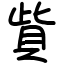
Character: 貲